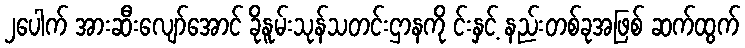
၂ပေါက် အားဆီးလျော်အောင် ခိုနူမ်းသုန်သတင်းဌာနကို င်းနှင့် နည်းတစ်ခုအဖြစ် ဆက်ထွက်